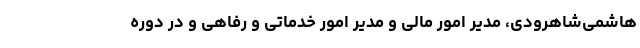
هاشمی‌شاهرودی، مدیر امور مالی و مدیر امور خدماتی و رفاهی و در دوره